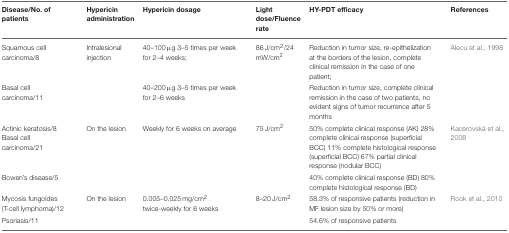
<table><thead><tr><td><b>Disease/No. of patients</b></td><td><b>Hypericin administration</b></td><td><b>Hypericin dosage</b></td><td><b>Light dose/Fluence rate</b></td><td><b>HY-PDT efficacy</b></td><td><b>References</b></td></tr></thead><tbody><tr><td>Squamous cell carcinoma/8</td><td>Intralesional injection</td><td>40–100 μg 3–5 times per week for 2–4 weeks;</td><td>86 J/cm<sup>2</sup>/24 mW/cm<sup>2</sup></td><td>Reduction in tumor size, re-epithelization at the borders of the lesion, complete clinical remission in the case of one patient;</td><td>Alecu et al., 1998</td></tr><tr><td>Basal cell carcinoma/11</td><td></td><td>40–200 μg 3–5 times per week for 2–6 weeks</td><td></td><td>Reduction in tumor size, complete clinical remission in the case of two patients, no evident signs of tumor recurrence after 5 months</td><td></td></tr><tr><td>Actinic keratosis/8 Basal cell carcinoma/21</td><td>On the lesion</td><td>Weekly for 6 weeks on average</td><td>75 J/cm<sup>2</sup></td><td>50% complete clinical response (AK) 28% complete clinical response (superficial BCC) 11% complete histological response (superficial BCC) 67% partial clinical response (nodular BCC)</td><td>Kacerovská et al., 2008</td></tr><tr><td>Bowen&#x27;s disease/5</td><td></td><td></td><td></td><td>40% complete clinical response (BD) 80% complete histological response (BD)</td><td></td></tr><tr><td>Mycosis fungoides (T-cell lymphoma)/12</td><td>On the lesion</td><td>0.005–0.025 mg/cm<sup>2</sup> twice-weekly for 6 weeks</td><td>8–20 J/cm<sup>2</sup></td><td>58.3% of responsive patients (reduction in MF lesion size by 50% or more)</td><td>Rook et al., 2010</td></tr><tr><td>Psoriasis/11</td><td></td><td></td><td></td><td>54.6% of responsive patients</td><td></td></tr></tbody></table>